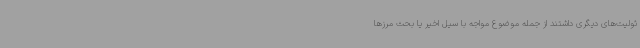
ئولیت‌های دیگری داشتند از جمله موضوع مواجه با سیل اخیر یا بحث مرزها